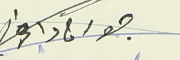
جورج داغر